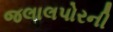
જલાલપોરની